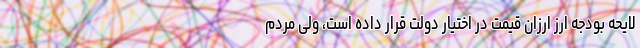
لایحه بودجه ارز ارزان قیمت در اختیار دولت قرار داده است، ولی مردم